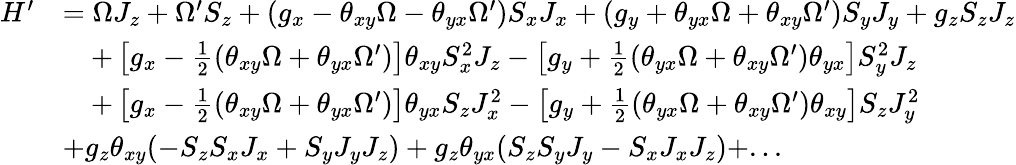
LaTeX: \begin{array}{rl}{H^{\prime}}&{=\Omega J_{z}+\Omega^{\prime}S_{z}+(g_{x}-\theta_{xy}\Omega-\theta_{yx}\Omega^{\prime})S_{x}J_{x}+(g_{y}+\theta_{yx}\Omega+\theta_{xy}\Omega^{\prime})S_{y}J_{y}+g_{z}S_{z}J_{z}}\\ &{\quad+\left[g_{x}-\frac{1}{2}(\theta_{xy}\Omega+\theta_{yx}\Omega^{\prime})\right]\theta_{xy}S_{x}^{2}J_{z}-\left[g_{y}+\frac{1}{2}(\theta_{yx}\Omega+\theta_{xy}\Omega^{\prime})\theta_{yx}\right]S_{y}^{2}J_{z}}\\ &{\quad+\left[g_{x}-\frac{1}{2}(\theta_{xy}\Omega+\theta_{yx}\Omega^{\prime})\right]\theta_{yx}S_{z}J_{x}^{2}-\left[g_{y}+\frac{1}{2}(\theta_{yx}\Omega+\theta_{xy}\Omega^{\prime})\theta_{xy}\right]S_{z}J_{y}^{2}}\\ &{+g_{z}\theta_{xy}(-S_{z}S_{x}J_{x}+S_{y}J_{y}J_{z})+g_{z}\theta_{yx}(S_{z}S_{y}J_{y}-S_{x}J_{x}J_{z})+...}\end{array}